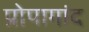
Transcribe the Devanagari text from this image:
प्रोपागांद